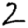
Digit: 2